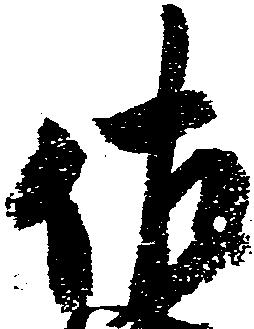
佐